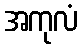
အကုလံ